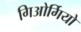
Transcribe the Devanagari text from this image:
गिओर्गियो